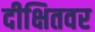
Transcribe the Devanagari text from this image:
दीक्षितवर